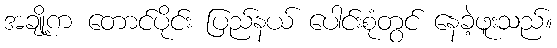
အချို့က တောင်ပိုင်း ပြည်နယ် ပေါင်းစုံတွင် နေခဲ့ဖူးသည်။